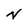
Character: N